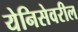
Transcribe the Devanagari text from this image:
येनिसेवरील